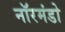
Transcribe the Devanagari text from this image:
नॉरमंडो